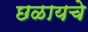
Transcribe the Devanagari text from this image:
छळायचे